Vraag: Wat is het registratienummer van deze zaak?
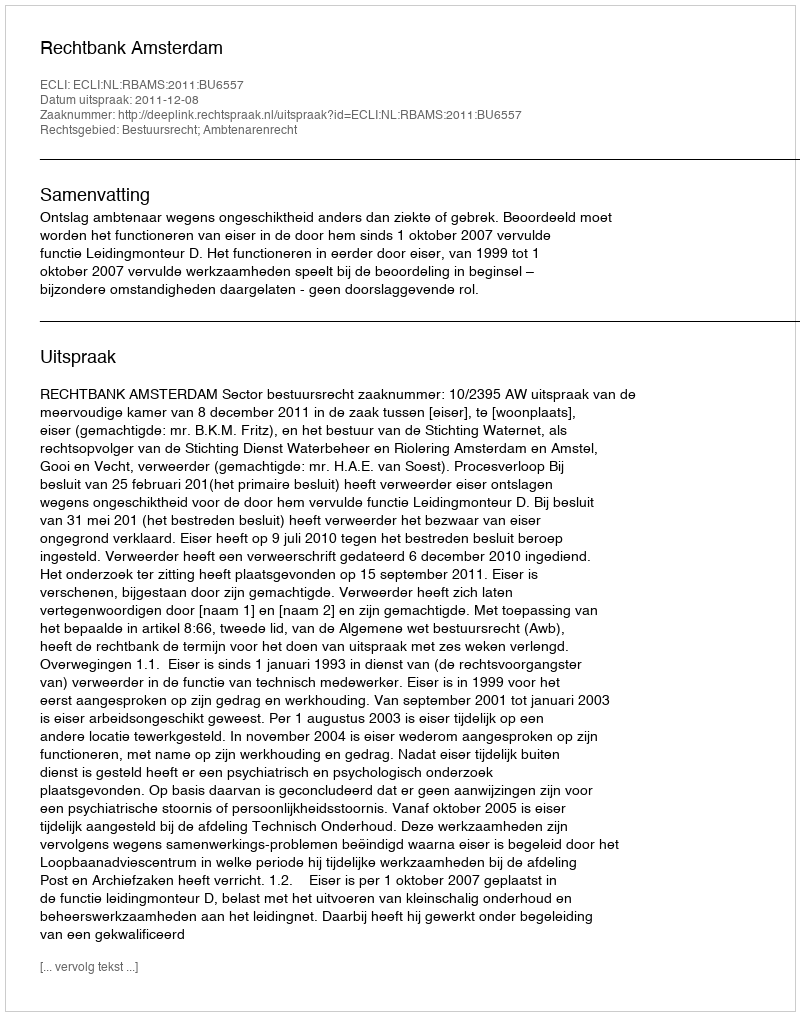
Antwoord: http://deeplink.rechtspraak.nl/uitspraak?id=ECLI:NL:RBAMS:2011:BU6557